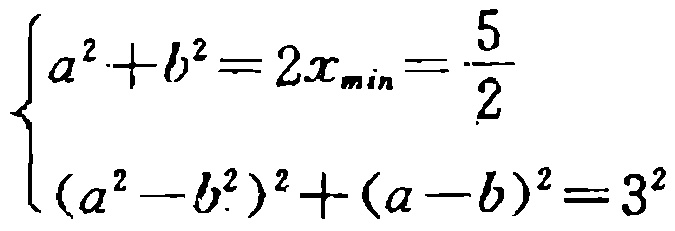
\[\begin{cases}

a^{2}+b^{2}=2x_{\min}=\frac{5}{2}\\

(a^{2}-b^{2})^{2}+(a - b)^{2}=3^{2}

\end{cases}\]